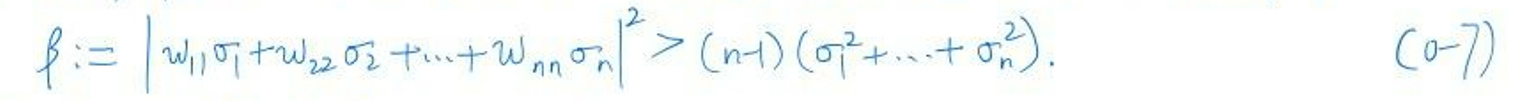
\[
f := \left| w_1 \sigma_1 + w_2 \sigma_2 + \cdots + w_n \sigma_n \right|^2 > (n - 1)(\sigma_1^2 + \cdots + \sigma_n^2). \quad (0 - 7)
\]